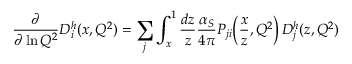
{ \frac { \partial } { \partial \ln Q ^ { 2 } } } D _ { i } ^ { h } ( x , Q ^ { 2 } ) = \sum _ { j } \int _ { x } ^ { 1 } { \frac { d z } { z } } { \frac { \alpha _ { S } } { 4 \pi } } P _ { j i } \! \left( { \frac { x } { z } } , Q ^ { 2 } \right) D _ { j } ^ { h } ( z , Q ^ { 2 } )